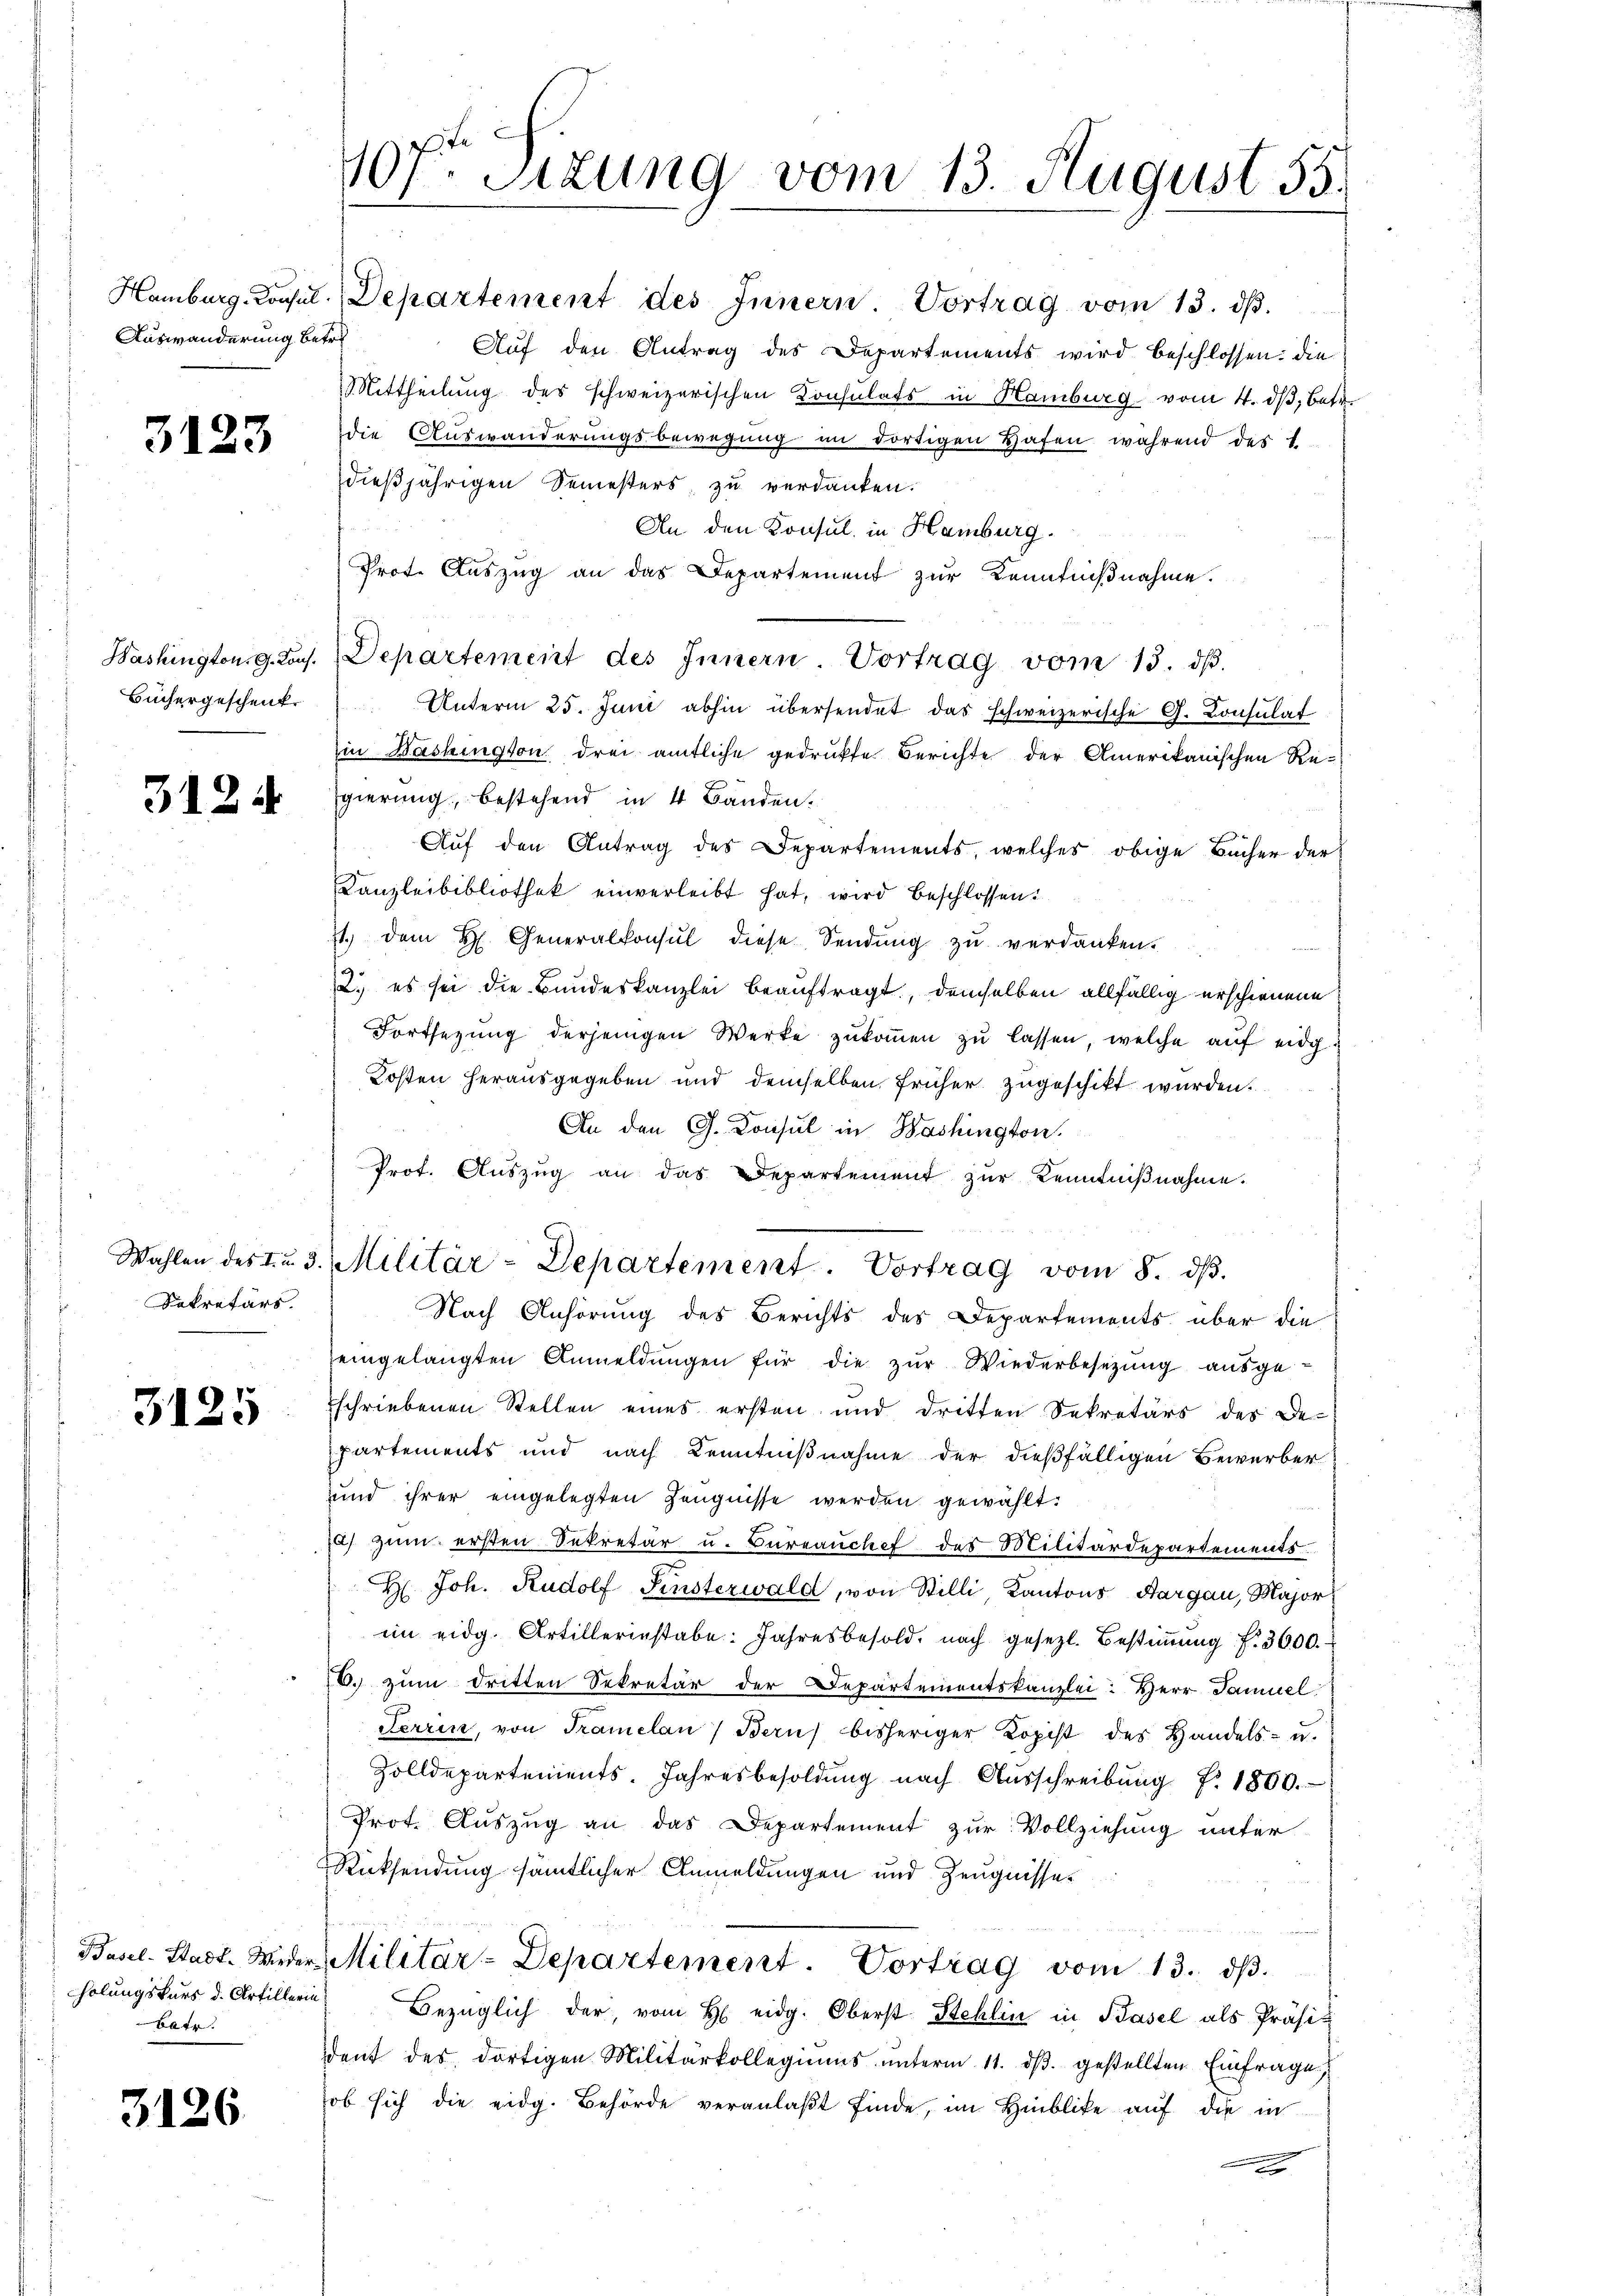
Auswanderung betre

3123

Sekretärs.

3125

holungskurs d. Artillerin
Batr.

3126

Hamburg, Consul, Departement des Innern Vortrag vom 13. dβ.
Auf den Antrag des Departements wird beschlossen: die
Mittheilung des schweizerischen Konsulats in Hamburg vom 4. dβ, betr.
die Auswanderungsbewegung im dortigen Hafen während des 1
dießjährigen Semesters, zu verdanken.
An den Konsul in Hamburg.
Prote Auszug an das Departement zur Kenntnißnahme.
Washingtong. Laus. Departement des Innern Vortrag vom 13. dβ.
Büchergeschenk  Unterm 25. Juni abhin übersendet das schweizerische G. Consulat
in Bashington drei amtliche gedrukte Berichte der Amerikanischen Re-
3 § 2 der Egierung, bestehend in 4 Bänden.
Aŭf den Antrag des Departements, welches obige Bücher der
Canzleibibliothek einverleibt hat, wird beschlossen:
11. dem H. Generalkonsul diese Sendung zŭ verdanken.
2.) es sei die Bundeskanzlei beauftragt, demselben allfällig erschienene
Fortsetzŭng derjenigen Werke zŭkoṁen zŭ lassen, welche auf eidg¬
Kosten herausgegeben und demselben früher zugeschikt wurden.
An den G. Consul in Washington.
Nach Anhörung des Berichts des Departements über die
eingelangten Anmeldungen für die zur Wiederbesetzung ausgeschriebenen Stellen eines ersten und dritten Sekretärs des De-
Partements und nach Kenntnißnahme der dießfälligen Bewerber
und ihrer eingelegten Zeugnisse werden gewählt:
2) zum ersten Sekretär u. Bureauchef des Militärdepartements
H. Joh. Rudolf Finsterwald, von Stilli, Kantons Aargau, Major
im eidg. Artillerinstabe: Jahresbesold, nach gesetzl. Bestiṁŭng f. 3000.
6. zum dritten Sekretär der Departementskanzlei: Herr Samuel
Ferrin, von Tramelan) Bern bisheriger Kopist des Handels- u.
Zolldepartements. Jahresbesoldŭng nach Aŭsschreibŭng Nr. 1800.
Prot. Auszug an das Departement zur Vollziehung unter
Rücksendung sämmtlicher Anmeldungen und Zeugnisses
Basel-Stadt. Wieder Militär-Departement. Vortrag vom 13. dβ.
Bezüglich der vom h. eidg. Oberst Stehlin in Basel als Präsident des dortigen Militärkollegiŭms ŭnterm 11. dβ. gestellten Einfrage
ob sich die eidg. Behörde veranlaßt finde, im Hinblike auf die in
A

107t Sitzung vom 13. August 55.

Prot. Aŭszŭg an das Departement zŭr Kenntniβnahme.
Wahlen des I. 3. Militär-Departement. Vortrag vom 8. dβ.